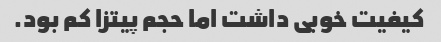
کیفیت خوبی داشت اما حجم پیتزا کم بود.